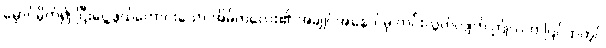
မှောင်မိုက်၍ ငြီးငွေ့ဖွယ်ကောင်းသော အိမ်ကလေး၏ အချုပ်အနှောင်မှ ကင်းလွတ်လျက် ဤလဟာပြင်ထဲတွင်